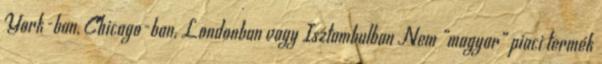
York-ban, Chicago-ban, Londonban vagy Isztambulban Nem „magyar” piaci termék